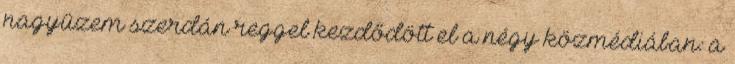
nagyüzem szerdán reggel kezdődött el a négy közmédiában: a